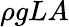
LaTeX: \rho gLA